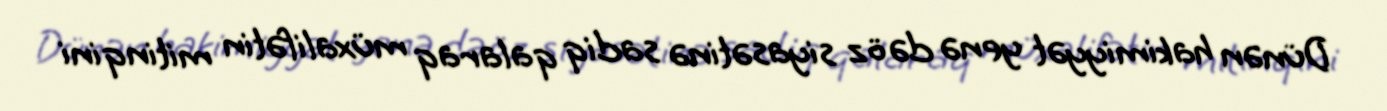
Dünən hakimiyyət yenə də öz siyasətinə sadiq qalaraq müxalifətin mitinqini